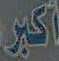
أكبر